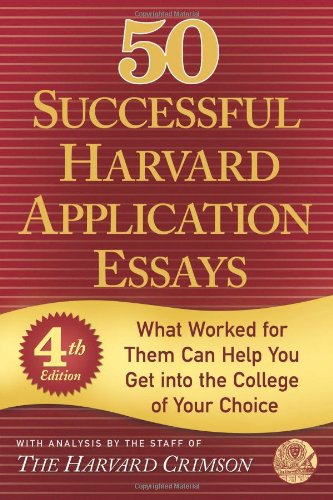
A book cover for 50 Successful Harvard Application Essays: What Worked for Them Can Help You Get into the College of Your Choice; Test Preparation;